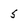
Character: 5